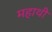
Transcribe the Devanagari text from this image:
महाथी